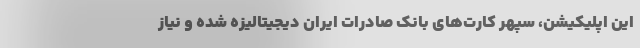
این اپلیکیشن، سپهر کارت‌های بانک صادرات ایران دیجیتالیزه شده و نیاز